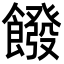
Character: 𩞽